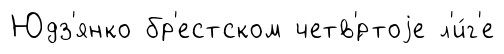
Юдз'янко бр'естском четв'́ртоjе л'и́г'е